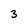
Character: 3